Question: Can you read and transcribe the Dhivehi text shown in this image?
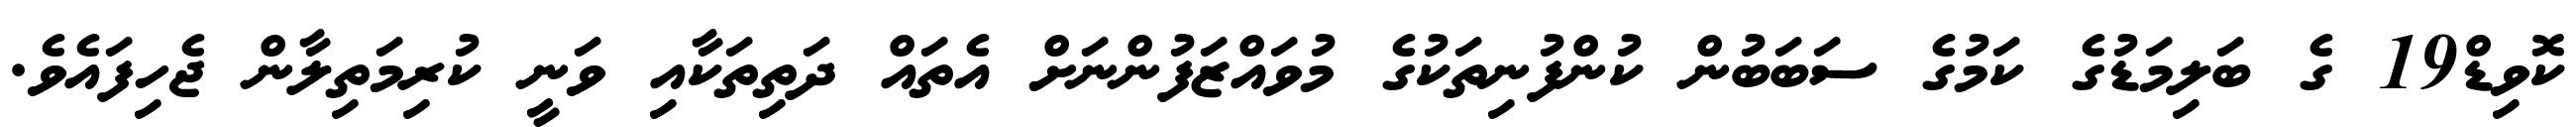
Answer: ކޮވިޑް19 ގެ ބަލިމަޑުގެ ކަމުގެ ސަބަބުން ކުންފުނިތަކުގެ މުވައްޒަފުންނަށް އެތައް ދަތިތަކާއި ވަނީ ކުރިމަތިލާން ޖެހިފައެވެ.